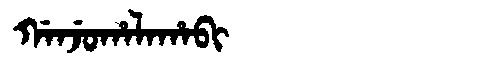
Manchu: ᡤᠠᠨᠵᡠᡥᠠᠯᠠᡥᠠᠪᡳ
Romanization: GANJUHALAHABI